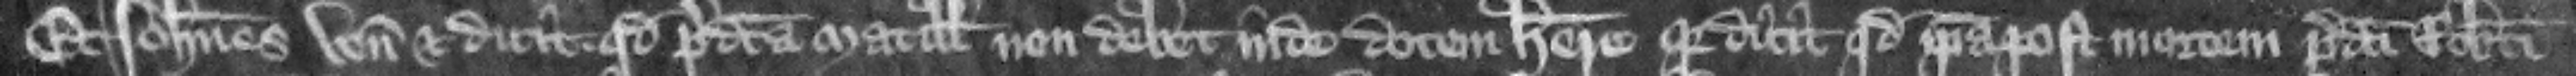
Et Iohannes venit et dicit quod predicta Matillis non debet inde dotem habere. quia dicit quod ipsa post mortem predicti Roberti